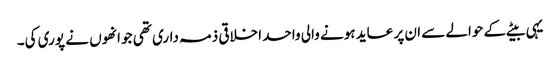
یہی بیٹے کے حوالے سے ان پر عاید ہونے والی واحد اخلاقی ذمہ داری تھی جو انھوں نے پوری کی۔